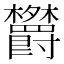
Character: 𬅕